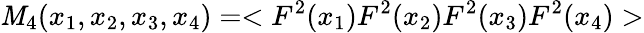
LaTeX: \mathit{M}_{4}(x_{1},x_{2},x_{3},x_{4})=<F^{2}(x_{1})F^{2}(x_{2})F^{2}(x_{3})F^{2}(x_{4})>